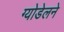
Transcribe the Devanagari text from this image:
ग्योडेलने